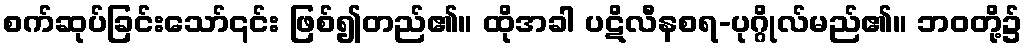
စက်ဆုပ်ခြင်းသော်၎င်း ဖြစ်၍တည်၏။ ထိုအခါ ပဋိလီနစရ-ပုဂ္ဂိုလ်မည်၏။ ဘဝတို့၌